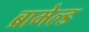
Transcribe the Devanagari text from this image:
ब्रामेल्ड